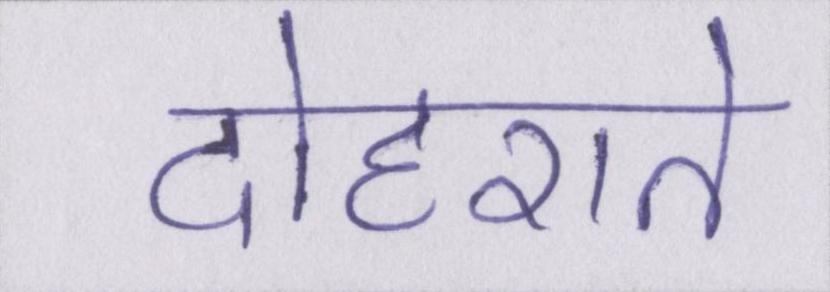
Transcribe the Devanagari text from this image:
दोहराते